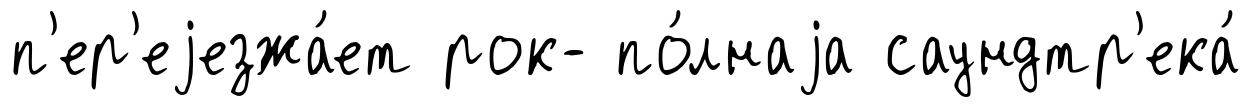
п'ер'еjезжа́ет рок- по́лнаjа саундтр'ека́